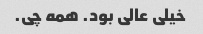
خیلی عالی بود. همه چی.